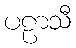
ပဠာသီ